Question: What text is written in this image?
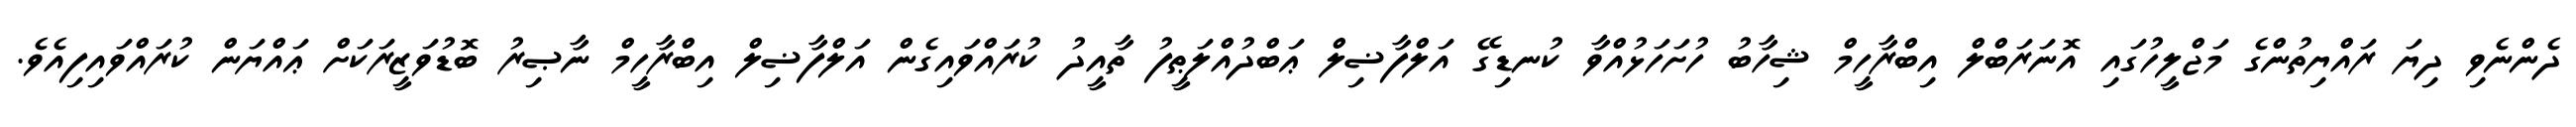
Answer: ދެންނެވި ދިޔަ ރައްޔިތުންގެ މަޖްލީހުގައި އޮނަރަބްލް އިބްރާހީމް ޝިހާބު ހުށަހަޅުއްވާ ކުނޑިގޭ އަލްފާޟިލް ޢަބްދުއްލަޠީފު ތާއީދު ކުރައްވައިގެން އަލްފާޟިލް އިބްރާހީމް ނާޞިރު ބޮޑުވަޒީރަކަށް ޢައްޔަން ކުރައްވައިފިއެވެ.